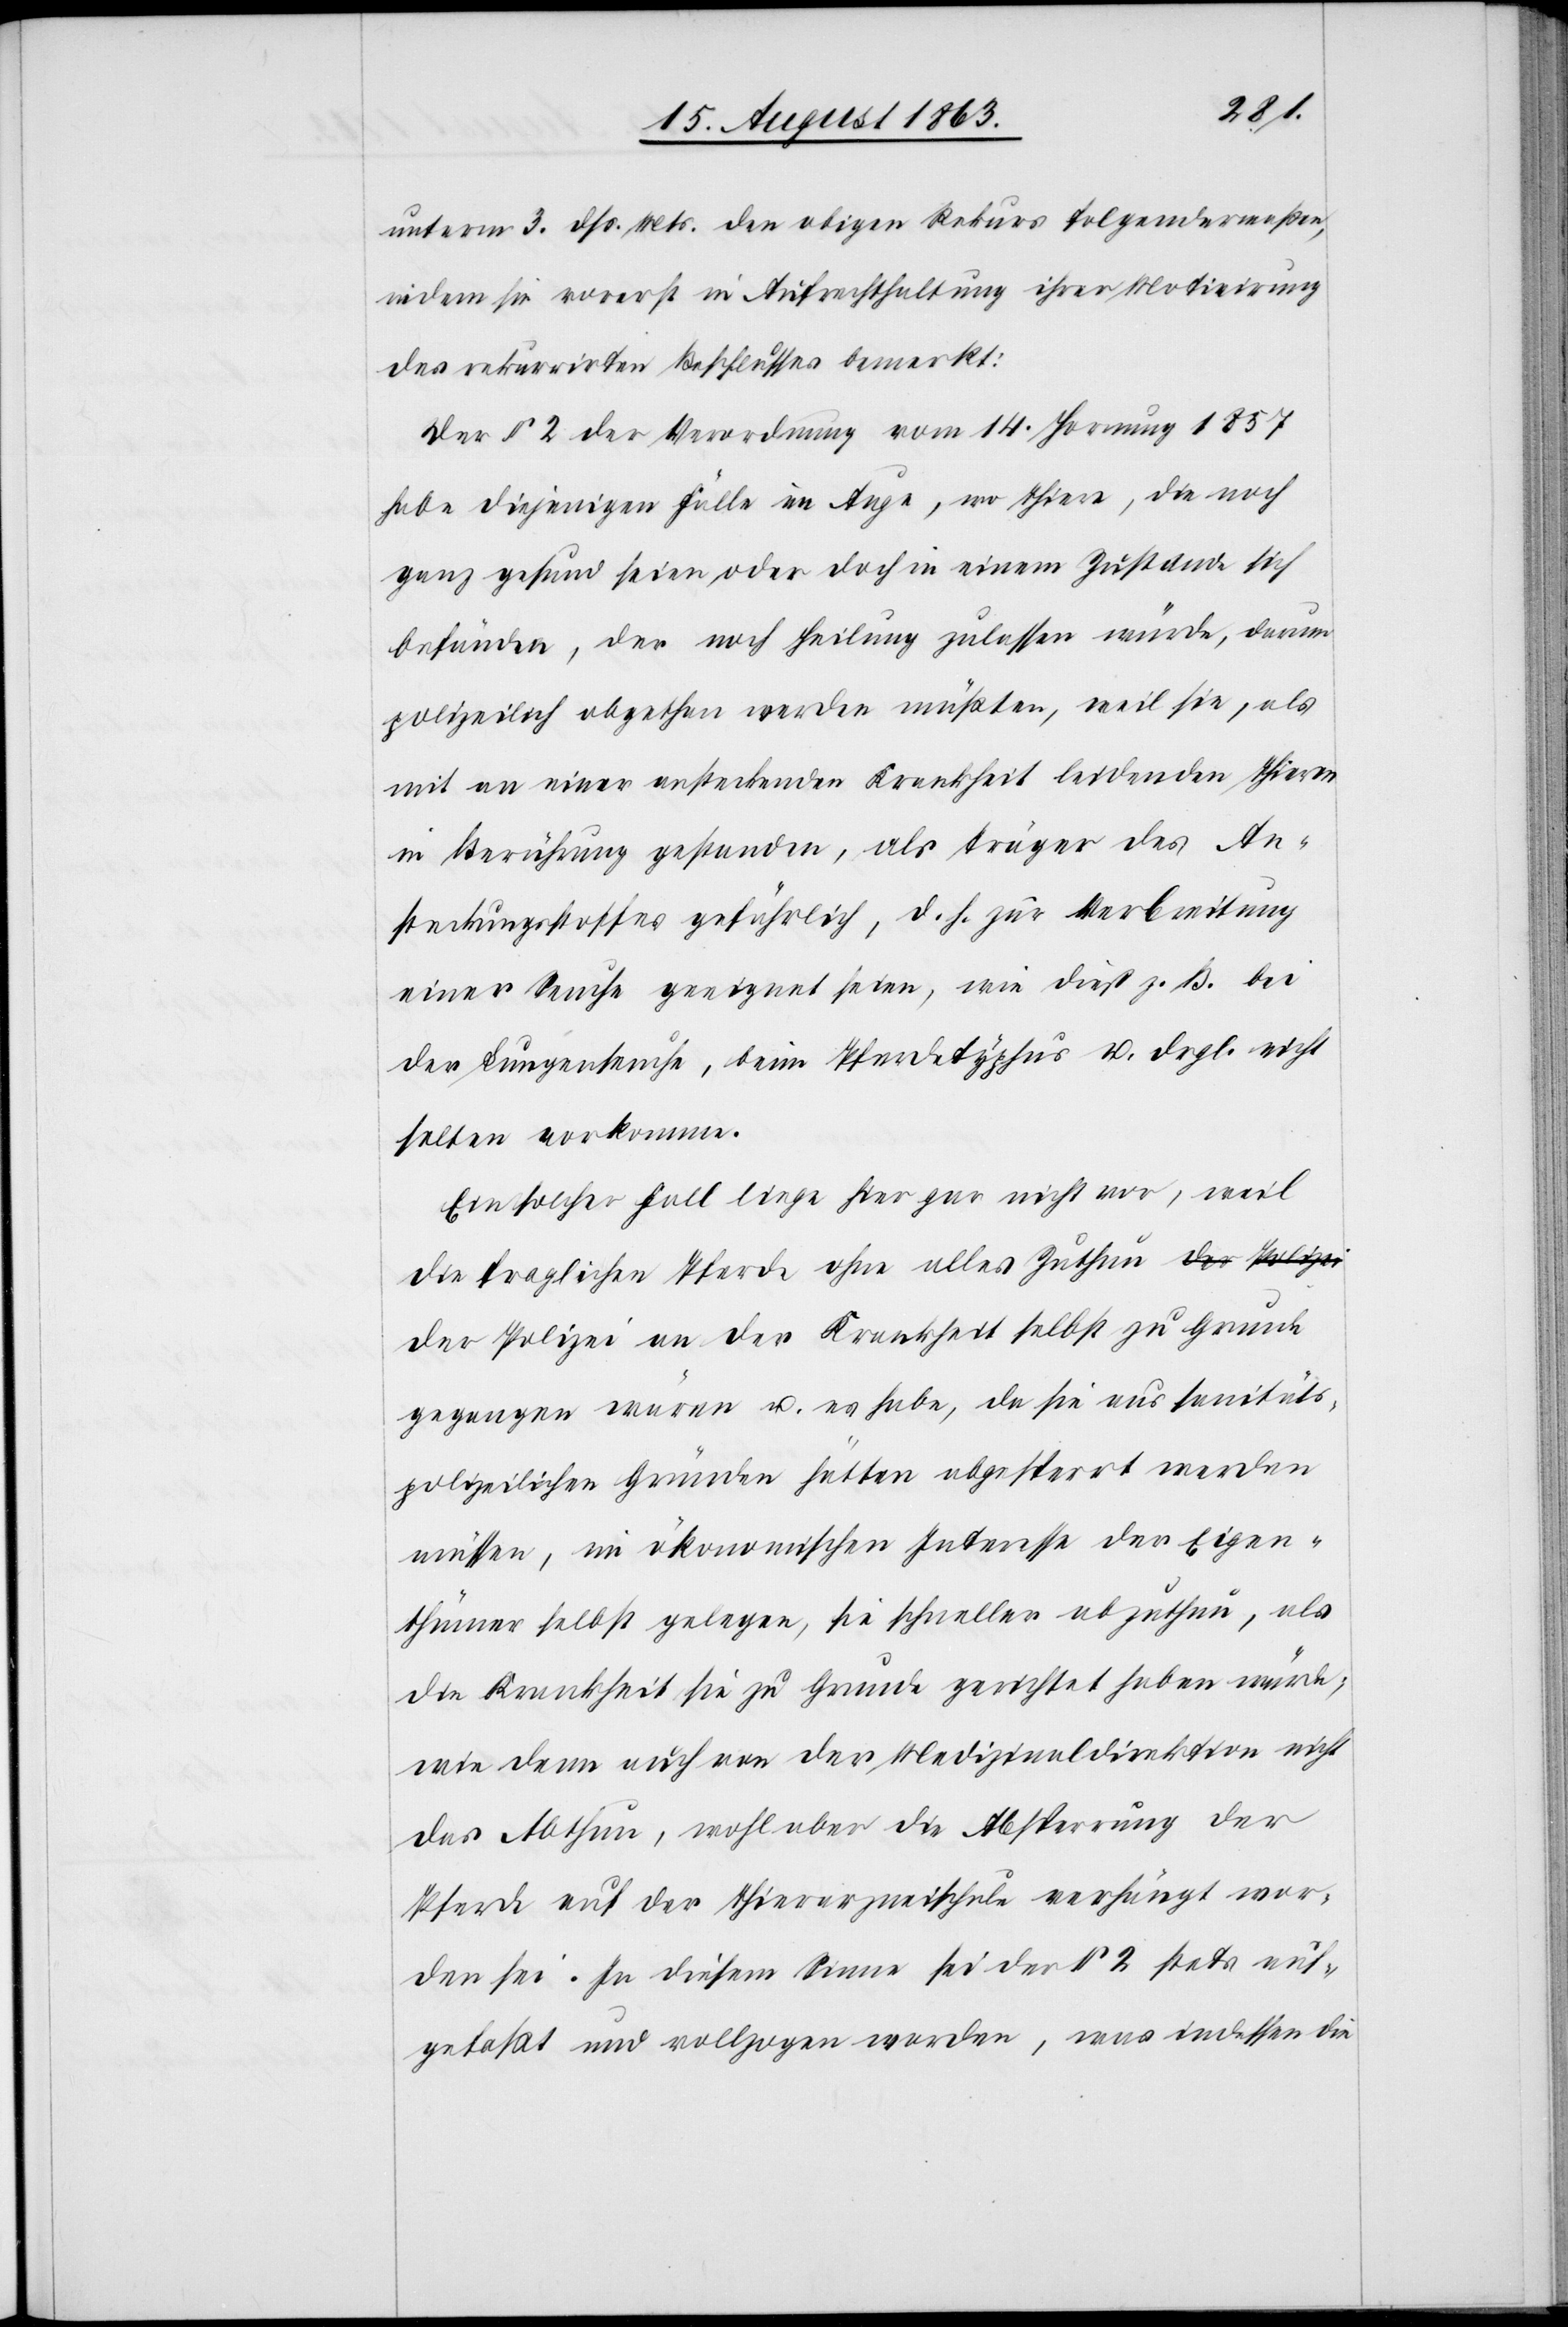
unterm 3. dß. Mts. den obigen Rekurs folgendermaßen,
indem sie vorerst in Aufrechthaltung ihrer Motivirung
des rekurrirten Beschlusses bemerkt:
Der § 2 der Verordnung vom 14. Hornung 1857
habe diejenigen Fälle im Auge, wo Thiere, die noch
ganz gesund seien oder doch in einem Zustande sich
befänden, der noch Heilung zulassen würde, darum
polizeilich abgethan werden müßten, weil sie, als
mit an einer ansteckenden Krankheit leidenden Thieren
in Berührung gestanden, als Träger des An¬
steckungsstoffes gefährlich, d. h. zur Verbreitung
einer Seuche geeignet seien, wie dieß z. B. bei
der Lungenseuche, beim Pferdetyphus u. drgl. nicht
selten vorkomme.
Ein solcher Fall liege hier gar nicht vor, weil
die fraglichen Pferde ohne alles Zuthun der Polizei
gegangen wären u. es habe, da sie aus sanitäts¬
polizeilichen Gründen hätten abgesperrt werden
müssen, im ökonomischen Interesse der Eigen¬
thümer selbst gelegen, sie schneller abzuthun, als
die Krankheit sie zu Grunde gerichtet haben würde;
wie denn auch von der Medizinaldirektion nicht
das Abthun, wohl aber die Absperrung der
Pferde auf der Thierarzneischule verhängt wor¬
den sei. In diesem Sinne sei der § 2 stets auf¬
gefaßt und vollzogen worden, was indessen die